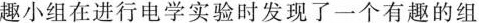
趣小组在进行电学实验时发现了一个有趣的组